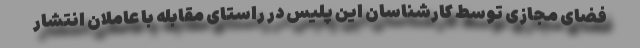
فضای‌ مجازی توسط کارشناسان این پلیس در راستای مقابله با عاملان انتشار